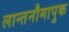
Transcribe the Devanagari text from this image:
लान्तनौमापुक